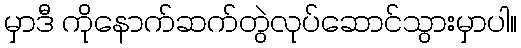
မှာဒီ ကိုနောက်ဆက်တွဲလုပ်ဆောင်သွားမှာပါ။